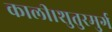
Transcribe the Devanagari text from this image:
काली।शुतुरमुर्ग